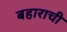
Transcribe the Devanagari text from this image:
बहाराची